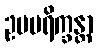
ဥပပရိက္ခန္တာ